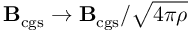
{ \bf B } _ { \mathrm { c g s } } \rightarrow { \bf B } _ { \mathrm { c g s } } / \sqrt { 4 \pi \rho }